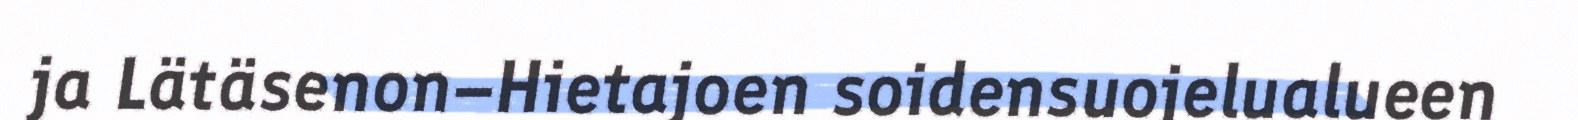
ja Lätäsenon–Hietajoen soidensuojelualueen